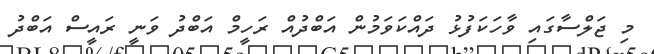
މި ޖަލްސާގައި ވާހަކަފުޅު ދައްކަވަމުން އަބްދުއް ރަހީމް އަބްދު ވަނީ ރައީސް އަބްދު